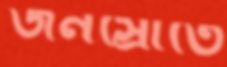
জনস্রোতে